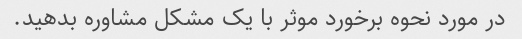
در مورد نحوه برخورد موثر با یک مشکل مشاوره بدهید.